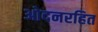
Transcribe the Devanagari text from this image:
ओदनरहित